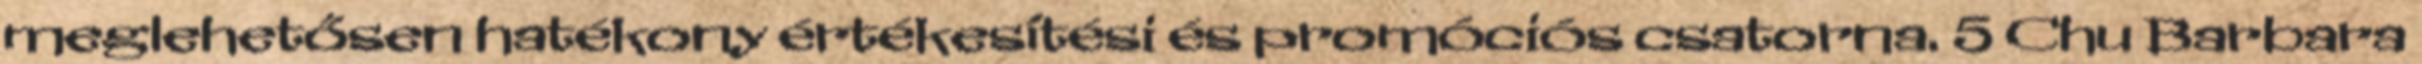
meglehetősen hatékony értékesítési és promóciós csatorna. 5 Chu Barbara